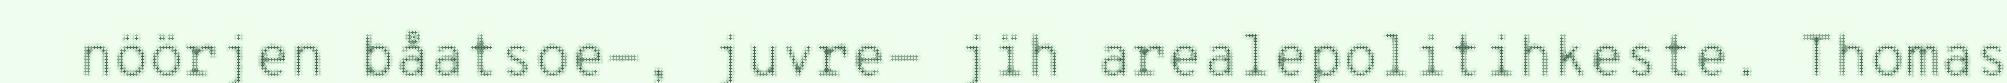
nöörjen båatsoe-, juvre- jïh arealepolitihkeste. Thomas